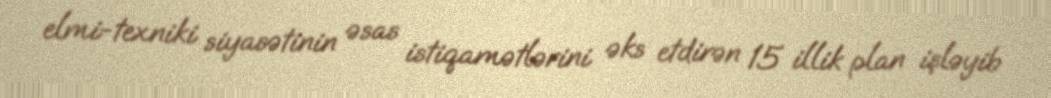
elmi-texniki siyasətinin əsas istiqamətlərini əks etdirən 15 illik plan işləyib